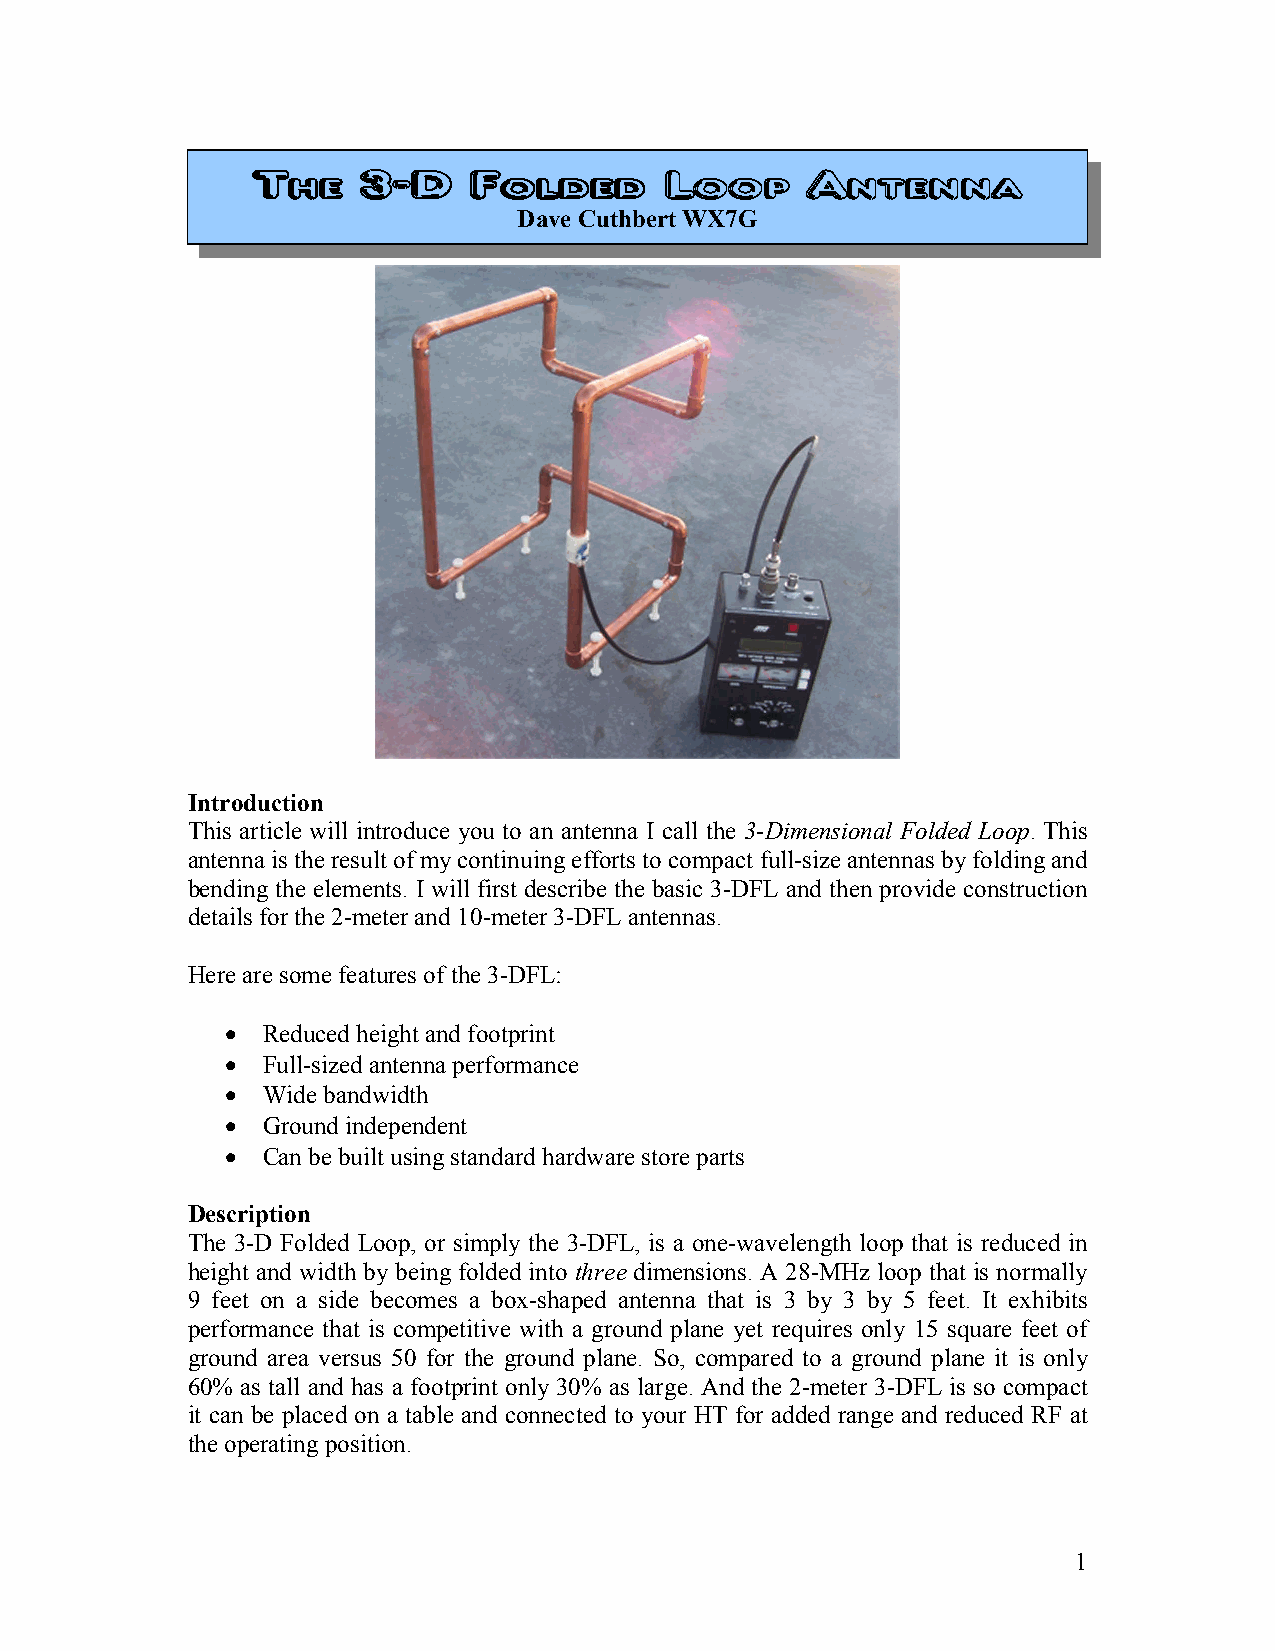
TTTThhhheeee 3333----DDDD FFFFoooollllddddeeeedddd LLLLoooooooopppp AAAAnnnntttteeeennnnnnnnaaaa
 Dave Cuthb ert WX7G
 Introduction
 This article will introduce you to an antenna I call the 3-Dimensional Folded Loop. This
 antenna is the result of my continuing efforts to compact full-size antennas by folding and
 bending the elements. I will first describe the basic 3-DFL and then provide construction
 details for the 2-meter and 10-meter 3-DFL antennas.
 Here are some features of the 3-DFL:
 • Reduced height and footprint
 • Full-sized antenna performance
 • Wide bandwidth
 • Ground independent
 • Can be built using standard hardware store parts
 Description
 The 3-D Folded Loop, or simply the 3-DFL, is a one-wavelength loop that is reduced in
 height and width by being folded into three dimensions. A 28-MHz loop that is normally
 9 feet on a side becomes a box-shaped antenna that is 3 by 3 by 5 feet. It exhibits
 performance that is competitive with a ground plane yet requires only 15 square feet of
 ground area versus 50 for the ground plane. So, compared to a ground plane it is only
 60% as tall and has a footprint only 30% as large. And the 2-meter 3-DFL is so compact
 it can be placed on a table and connected to your HT for added range and reduced RF at
 the operating position.
 1